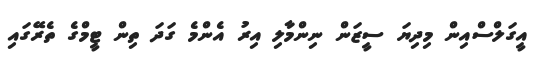
އީގަލްސްއިން މިދިޔަ ސީޒަން ނިންމާލި އިރު އެންމެ ގަދަ ތިން ޓީމްގެ ތެރޭގައި